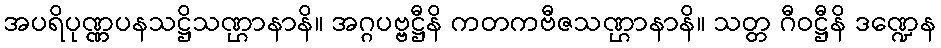
အပရိပုဏ္ဏပနသဋ္ဌိသဏ္ဌာနာနိ။ အဂ္ဂပဗ္ဗဋ္ဌီနိ ကတကဗီဇသဏ္ဌာနာနိ။ သတ္တ ဂီဝဋ္ဌီနိ ဒဏ္ဍေန